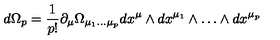
d \Omega _ { p } = \frac { 1 } { p ! } \partial _ { \mu } \Omega _ { \mu _ { 1 } \dots \mu _ { p } } d x ^ { \mu } \wedge d x ^ { \mu _ { 1 } } \wedge \dots \wedge d x ^ { \mu _ { p } }